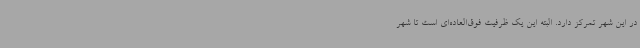
در این شهر تمرکز دارد. البته این یک ظرفیت فوق‌العاده‌ای است تا شهر